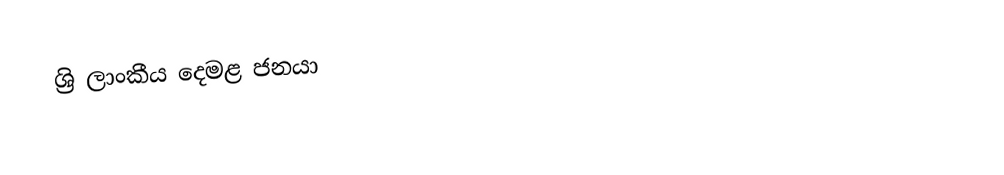
ශ්‍රි ලාංකීය දෙමළ ජනයා